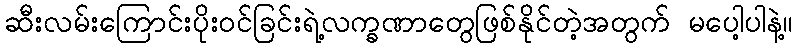
ဆီးလမ်းကြောင်းပိုးဝင်ခြင်းရဲ့လက္ခဏာတွေဖြစ်နိုင်တဲ့အတွက် မပေါ့ပါနဲ့။